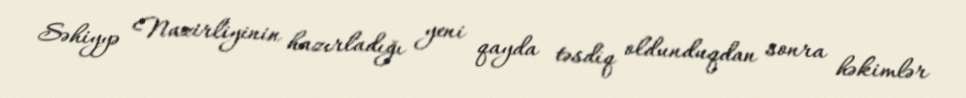
Səhiyyə Nazirliyinin hazırladığı yeni qayda təsdiq oldunduqdan sonra həkimlər